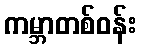
ကမ္ဘာတစ်ဝန်း